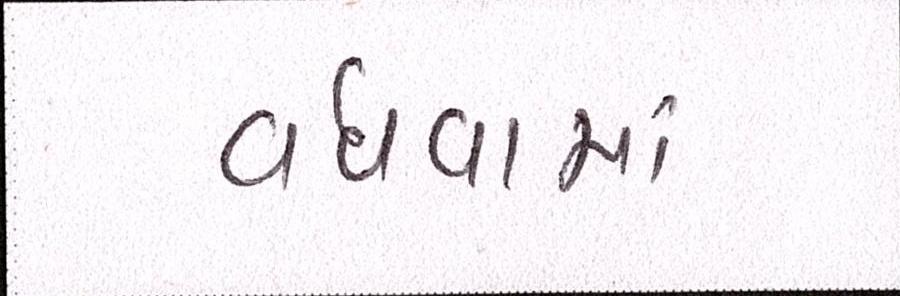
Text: વધવામાં